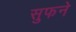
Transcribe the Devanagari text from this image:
सुफने